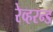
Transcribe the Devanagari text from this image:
रेव्हरन्ड